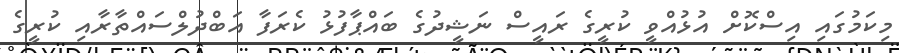
މިކަމުގައި އިސްކޮށް އުޅުއްވީ ކުރީގެ ރައީސް ނަޝީދުގެ ބައްޕާފުޅު ކެރަފާ އަބްދުލްސައްތާރާއި ކުރީގެ